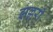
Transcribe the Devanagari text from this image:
झल्लरी